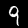
Label: 9